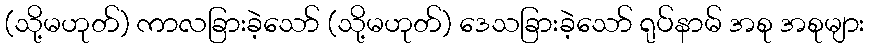
(သို့မဟုတ်) ကာလခြားခဲ့သော် (သို့မဟုတ်) ဒေသခြားခဲ့သော် ရုပ်နာမ် အစု အစုများ